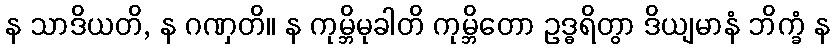
န သာဒိယတိ, န ဂဏှတိ။ န ကုမ္ဘိမုခါတိ ကုမ္ဘိတော ဥဒ္ဓရိတွာ ဒိယျမာနံ ဘိက္ခံ န